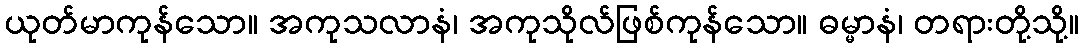
ယုတ်မာကုန်သော။ အကုသလာနံ၊ အကုသိုလ်ဖြစ်ကုန်သော။ ဓမ္မာနံ၊ တရားတို့သို့။